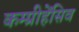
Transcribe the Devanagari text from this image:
कम्प्रीहेंसिव